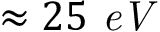
\approx 2 5 ~ { \it e V }